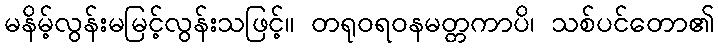
မနိမ့်လွန်းမမြင့်လွန်းသဖြင့်။ တရုဝရဝနမတ္တကာပိ၊ သစ်ပင်တော၏